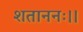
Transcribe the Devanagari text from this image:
शताननः।।